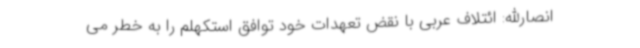
انصارالله: ائتلاف عربی با نقض تعهدات خود توافق استکهلم را به خطر می